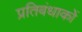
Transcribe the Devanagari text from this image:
प्रतिबंधाकों